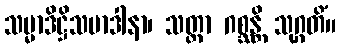
သမ္မာဒိဋ္ဌိသမာဒါနာ၊ သတ္တာ ဂစ္ဆန္တိ သုဂ္ဂတိံ။